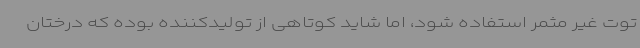
توت غیر مثمر استفاده شود، اما شاید کوتاهی از تولیدکننده بوده که درختان